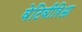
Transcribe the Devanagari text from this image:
वेटिवीरिआ